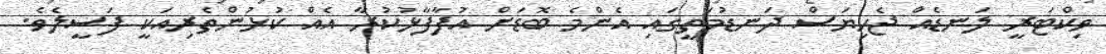
ވިކްޓަރީ ލަނޑެއް ޖެހިޔަސް ދަނޑުމަތީގައި އެންމެ ބޮޑަށް އުފާފާޅުކުރާ އެއް ކުޅުންތެރިއަކީ ފަސީލެވެ.